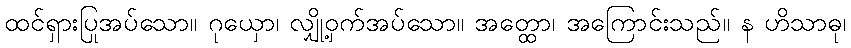
ထင်ရှားပြုအပ်သော။ ဂုယှော၊ လျှို့ဝှက်အပ်သော။ အတ္ထော၊ အကြောင်းသည်။ န ဟိသာဓု၊